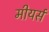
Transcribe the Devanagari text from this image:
मीयर्स